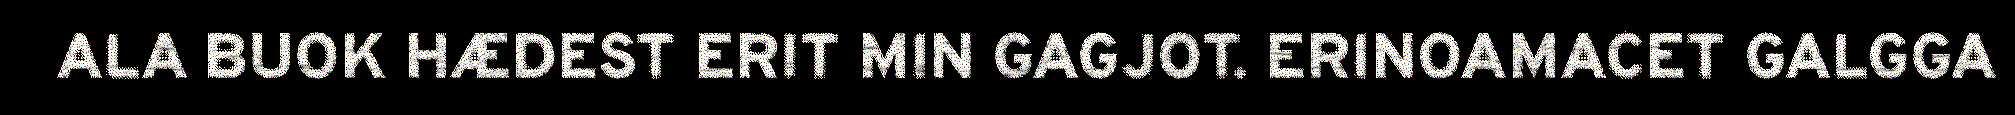
ALA BUOK HÆDEST ERIT MIN GAGJOT. ERINOAMACET GALGGA